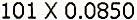
101 X 0.0850